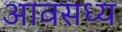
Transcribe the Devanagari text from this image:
आवसध्य